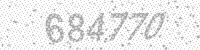
Solution: 684770